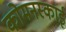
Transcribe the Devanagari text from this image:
कोमनस्काई